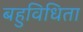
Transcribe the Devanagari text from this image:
बहुविधिता